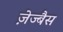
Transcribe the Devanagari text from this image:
ज़ेज्बैस